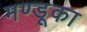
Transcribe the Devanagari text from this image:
मण्डूका